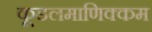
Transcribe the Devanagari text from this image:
कूडलमाणिक्कम